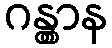
ဂန္တွာန